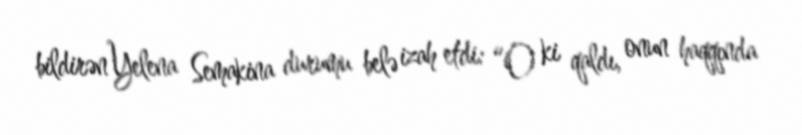
bildirən Yelena Semakina durumu belə izah etdi: “O ki qaldı, onun haqqında